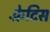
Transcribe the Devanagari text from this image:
फ़्रेदिस